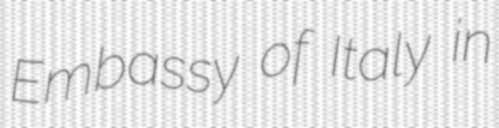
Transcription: Embassy of Italy in